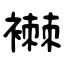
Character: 襋